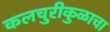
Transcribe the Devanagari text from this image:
कलचुरीकुळाचा